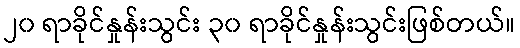
၂၀ ရာခိုင်နှုန်းသွင်း ၃၀ ရာခိုင်နှုန်းသွင်းဖြစ်တယ်။